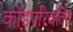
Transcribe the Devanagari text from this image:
कोडपरिवर्तित